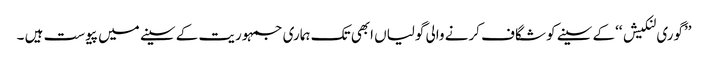
’’گوری لنکیش ‘‘کے سینے کو شگاف کرنے والی گولیاں ابھی تک ہماری جمہوریت کے سینے میں پیوست ہیں ۔